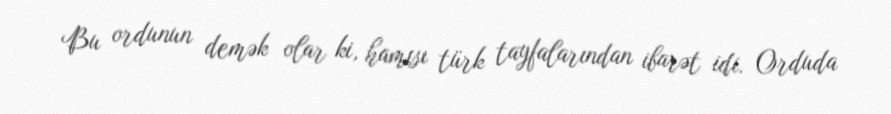
Bu ordunun demək olar ki, hamısı türk tayfalarından ibarət idi. Orduda